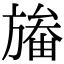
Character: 𣄏